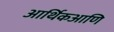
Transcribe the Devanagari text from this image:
आर्थिकआणि